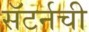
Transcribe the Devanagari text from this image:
सॅटर्नची